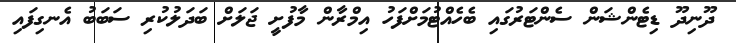
ދޫނިދޫ ޑިޓެންޝަން ސެންޓަރުގައި ބެހެއްޓުމަށްފަހު އިމްރާން މާފުށީ ޖަލަށް ބަދަލުކުރި ސަބަބު އެނގިފައި